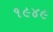
૧૯૪૯